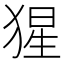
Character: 猩